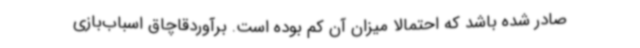
صادر شده باشد که احتمالا میزان آن کم بوده است. برآوردقاچاق اسباب‌بازی